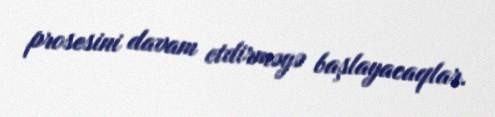
prosesini davam etdirməyə başlayacaqlar.